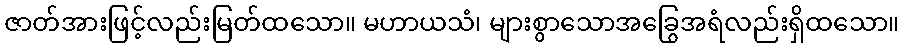
ဇာတ်အားဖြင့်လည်းမြတ်ထသော။ မဟာယသံ၊ များစွာသောအခြွေအရံလည်းရှိထသော။